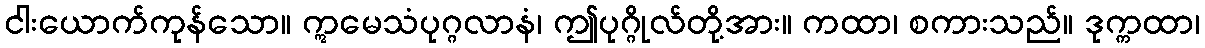
ငါးယောက်ကုန်သော။ ဣမေသံပုဂ္ဂလာနံ၊ ဤပုဂ္ဂိုလ်တို့အား။ ကထာ၊ စကားသည်။ ဒုက္ကထာ၊